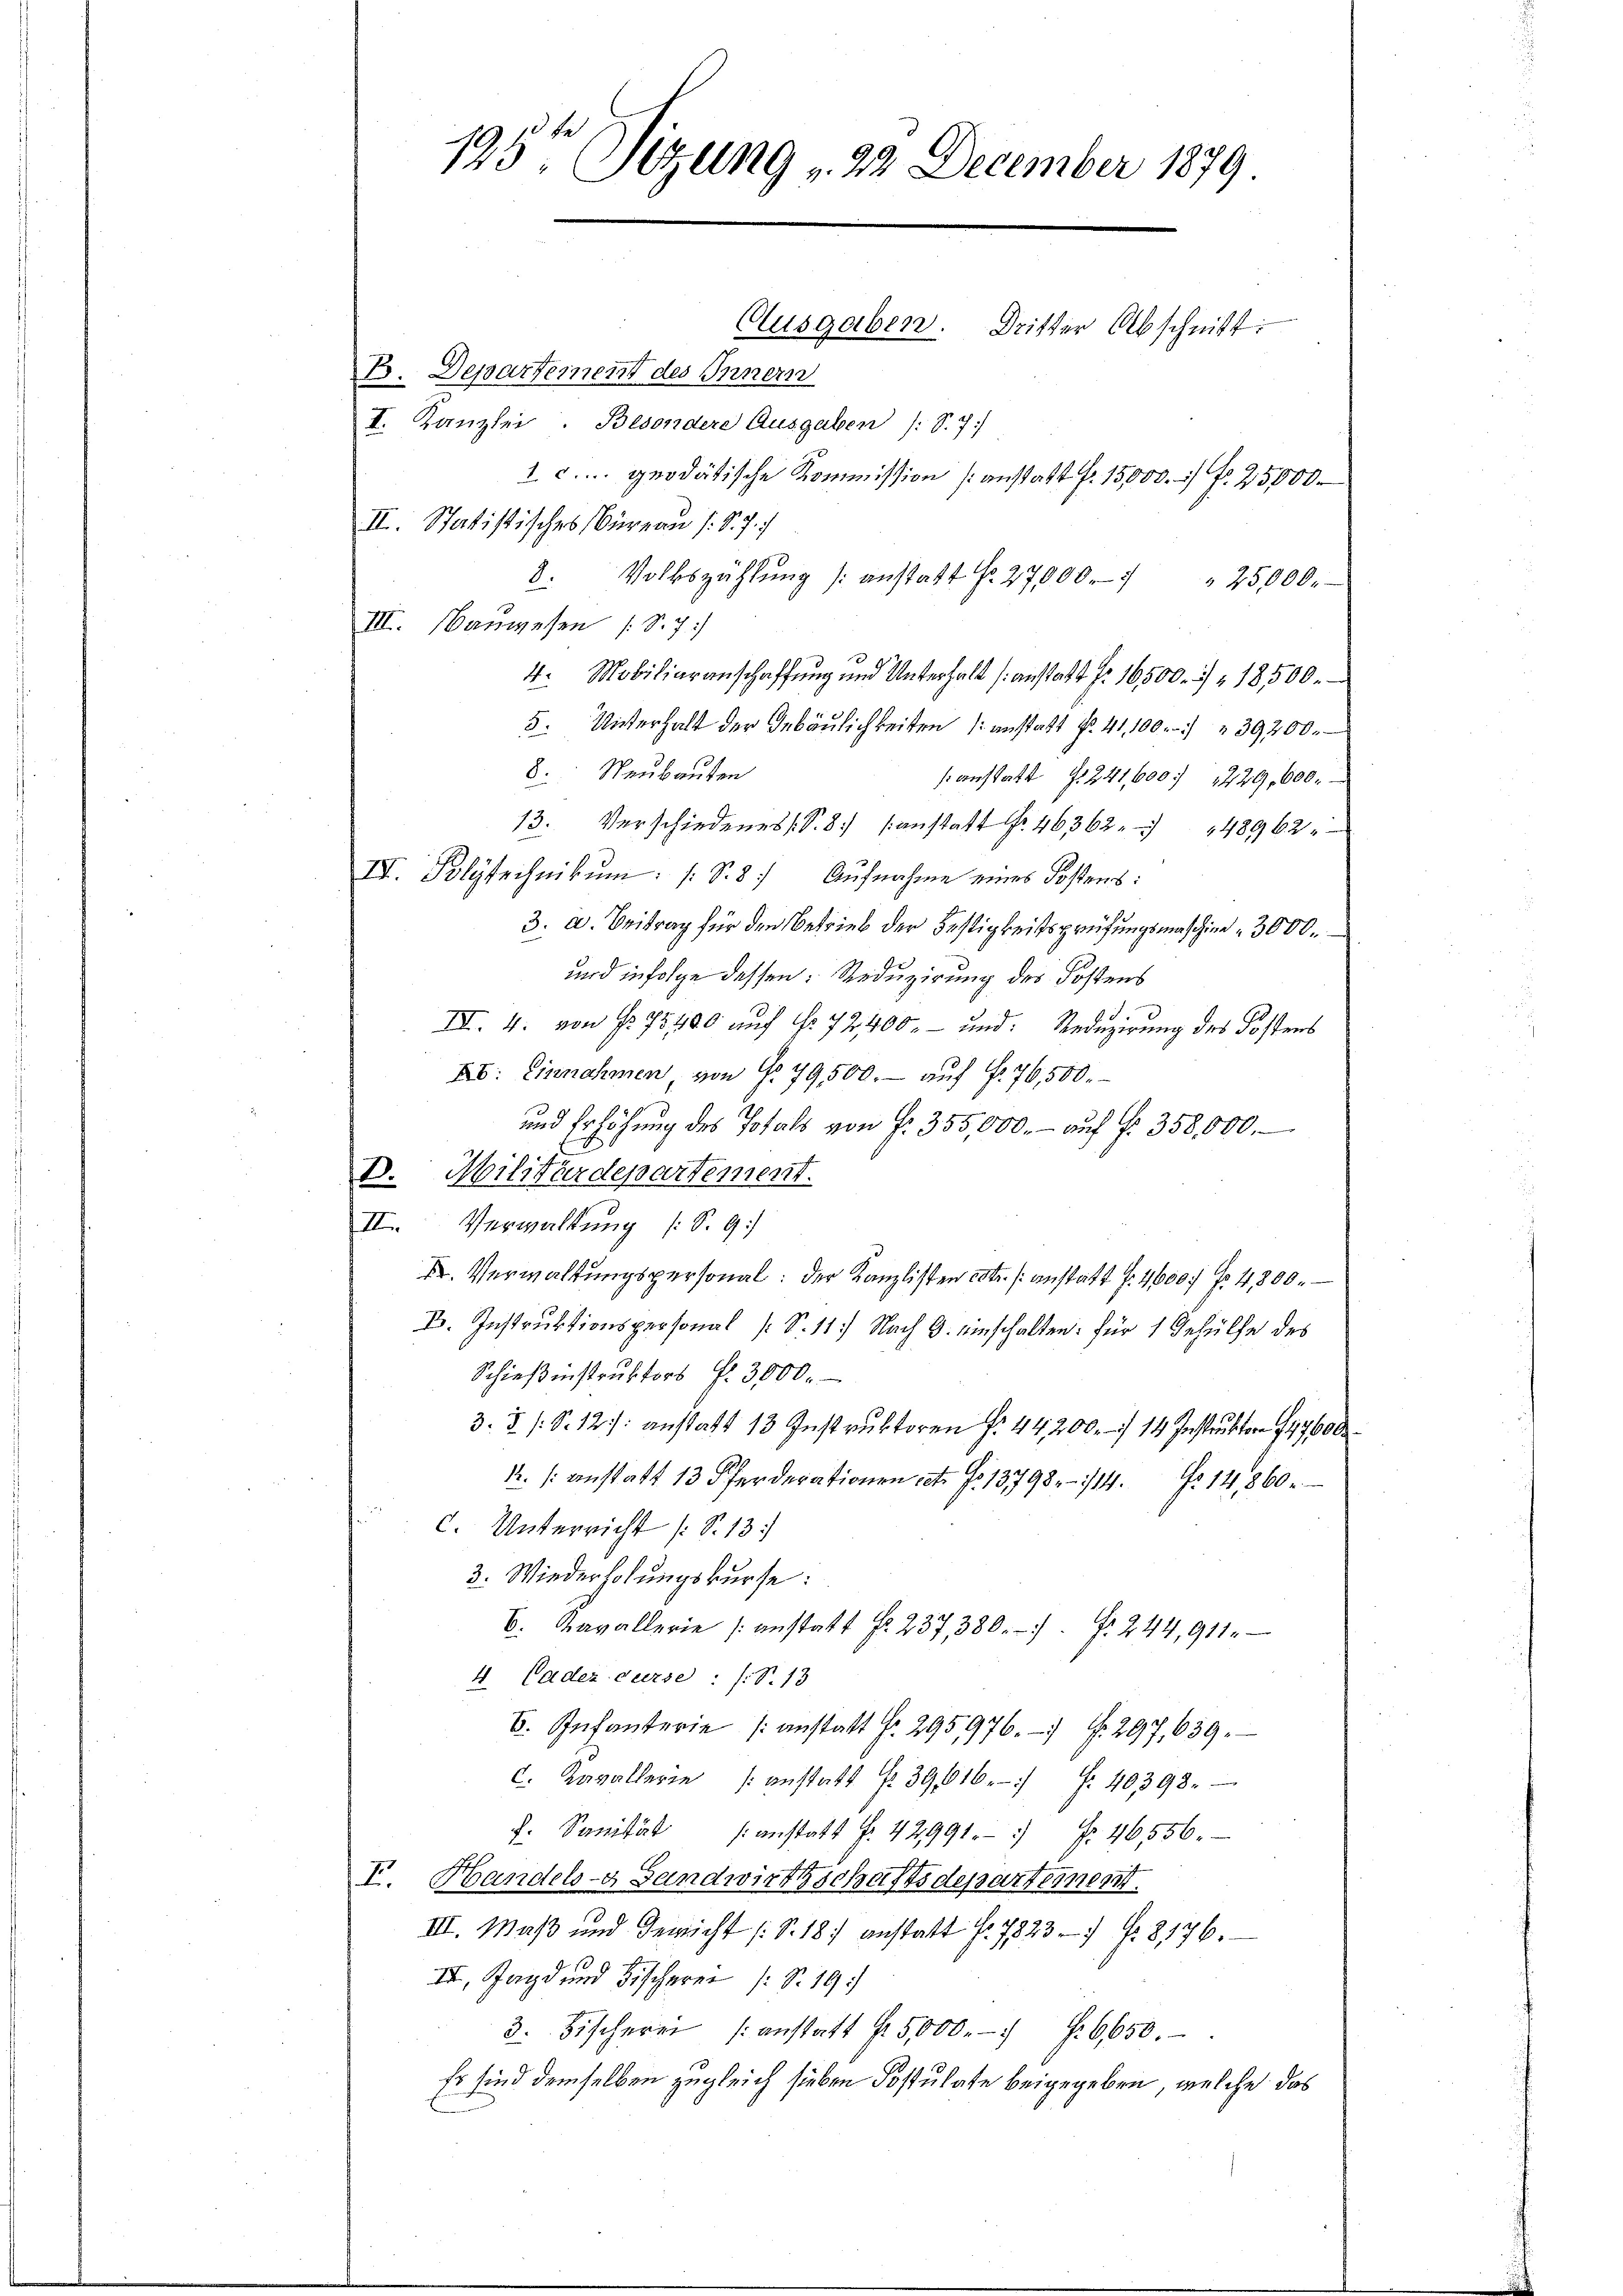
II. Statistisches Büreau (S. 77
8. Volkszählŭng anstatt No. 27000. " " 25000.
III. Bauwesen (S. 7
4. Mobiliaranschaffung und Unterhalt anstatt f. 16500.) " 18500.
5. Unterhalt der Gebäŭlichkeiten anstatt No. 41, 100.) " 39200.
8. Neubauten
sanstatt § 241,600. 229, 600.
13. Verschiedenes S. 8 (anstatt No. 46362. 148962
IV. Polytechnikum: S. 8) Aufnahme eines Kostens:
3. a. Beitrag für den Betrieb der Festigkeitsprüfungsmaschine 3000.
und infolge dessen: Reduzirung des Kostens
III. 4. von No 751780 auf Nr. 72400.- und Reduzirung des Kostens
Ab: Einnahmen von No 79500.- auf fr. 76,500.
und Erhöhung des Totals von fr. 355,000.- auf fr. 358,000.
B. Militärdepartement.
II. Verwaltung (S. 9
I. Verwaltungspersonal: der Kanzlisten estr. sanstatt f. 4600 fr 4,800.
B. Instruktionspersonal (S. 11. Nach G. einschalten: für 1 Gehülfe des
Schießinstruktors P. 3000.
3. 8 s. S. 12. anstatt 13 Instruktoren f. 44200. 714 Instrukten 147600
1. /: anstatt 13 Pferderationen et. No. 13798 - 114. No 14,860.
C. Unterricht (S. 13.
3. Wiederholungskurse:
B. Kavallerie anstatt Fr. 237, 380. . . 244, 911.
4. Cadez curse : (T.13
B. Infanterie anstatt Fr. 295976. f. 297, 639.
C. Kavallerie anstatt § 39,616. f. 40398.
f. Sanität anstatt f. 42991. " fr. 46556.
I. Handels- Handwirthschaftsdepartement.
III. Maß und Gericht (S. 18 anstatt f. 78237 f. 8176.
III, Jagd und Fischerer (S. 19
3. Bischerei (anstatt fr. 5000. f. 6650.
Es sind demselben zugleich sieben Postulate beigegeben, welche das

195te Sitzung " 22. December 1879
Ausgaben. Dritter Abschnitt.
B. Departement des Innern
I. Kanzlei. Besondere Ausgaben (S. 7.
1. c. geodätische Kommission anstatt fr. 15,000. fr. 25000.